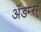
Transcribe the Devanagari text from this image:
ॲडम्स्